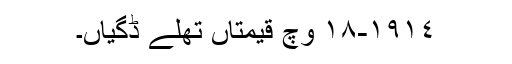
١٩١٤-١٨ وچ قیمتاں تھلے ڈگیاں۔